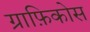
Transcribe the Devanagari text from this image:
ग्राफ़िकोस